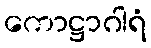
ကောဋ္ဌာဂါရံ